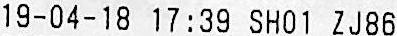
19-04-18 17:39 SH01 ZJ86